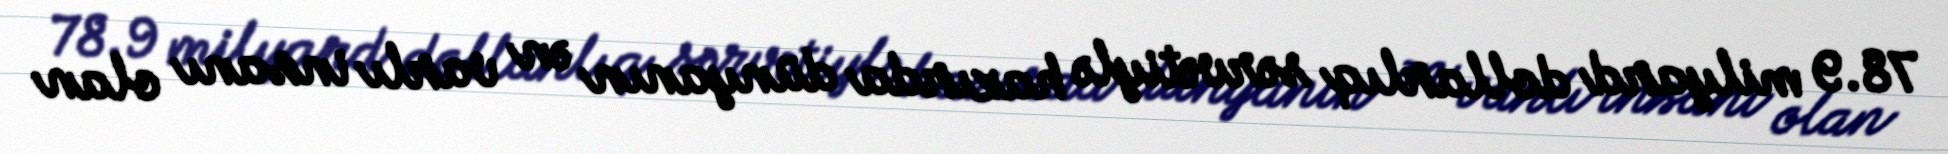
78.9 milyard dollarlıq sərvətiylə hazırda dünyanın ən varlı insanı olan